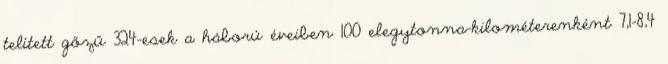
telített gőzű 324-esek a háború éveiben 100 elegytonna-kilométerenként 7,1–8,4